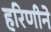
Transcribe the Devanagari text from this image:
हरिणीने